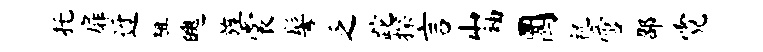
托扉迓粗魄旌裳髻乏跎探言山袖圜祝啻邵霓